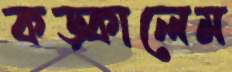
কড়্‌কালেম